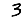
Digit: 3